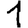
Digit: 1